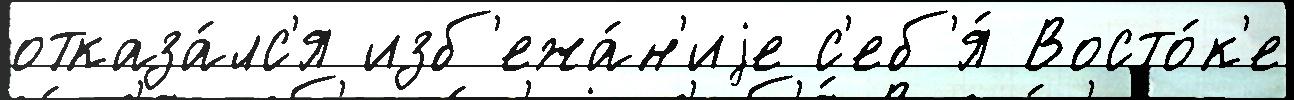
отказа́лс'я изб'ежа́н'иjе с'еб'я́ Восто́к'е